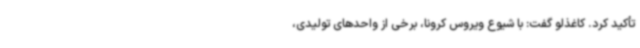
تأکید کرد. کاغذلو گفت: با شیوع ویروس کرونا، برخی از واحدهای تولیدی،